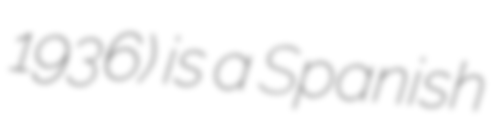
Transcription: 1936) is a Spanish